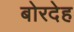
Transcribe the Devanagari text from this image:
बोरदेह